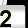
Digit: 2